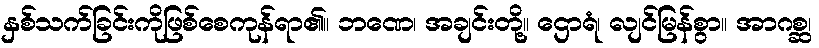
နှစ်သက်ခြင်းကိုဖြစ်စေကုန်ရာ၏။ ဘဏေ၊ အချင်းတို့။ ဌောရံ၊ လျင်မြန်စွာ။ အာဂစ္ဆ၊